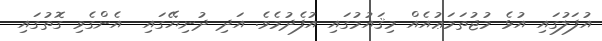
އުފަލުގައި އުޅެ މުޖުތަމަޢުއެއް މިޤައުމުގައި އުފެދުމެވެ. އަދި ދުނިޔޭގައި  އެންގެވި ގޮތުގައި